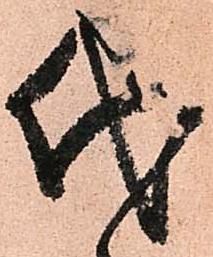
代